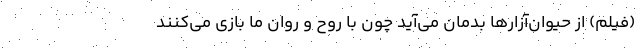
(فیلم) از حیوان‌آزارها بدمان می‌آید چون با روح و روان ما بازی می‌کنند